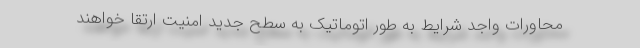
محاورات واجد شرایط به طور اتوماتیک به سطح جدید امنیت ارتقا خواهند